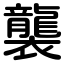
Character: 襲